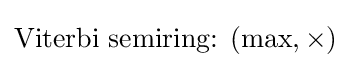
{\text{Viterbi semiring: }}(\max ,\times )